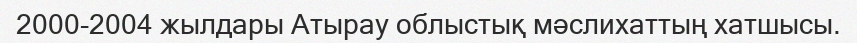
2000-2004 жылдары Атырау облыстық мәслихаттың хатшысы.